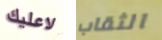
لاعليك الثقاب